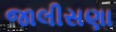
જાલીસણા